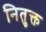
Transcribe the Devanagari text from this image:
नितुक्त